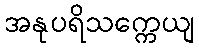
အနုပရိသက္ကေယျ